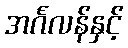
အင်္ဂလန်နှင့်